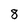
Character: 8